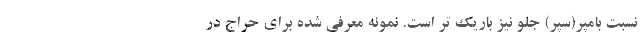
نسبت بامپر(سپر) جلو نیز باریک تر است. نمونه معرفی شده برای حراج در